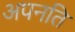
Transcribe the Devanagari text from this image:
अपनति